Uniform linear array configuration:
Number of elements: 8
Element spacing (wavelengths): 0.75
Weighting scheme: binomial
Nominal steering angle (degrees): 0
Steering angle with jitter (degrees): -1.446
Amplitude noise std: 0.05
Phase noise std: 0.05

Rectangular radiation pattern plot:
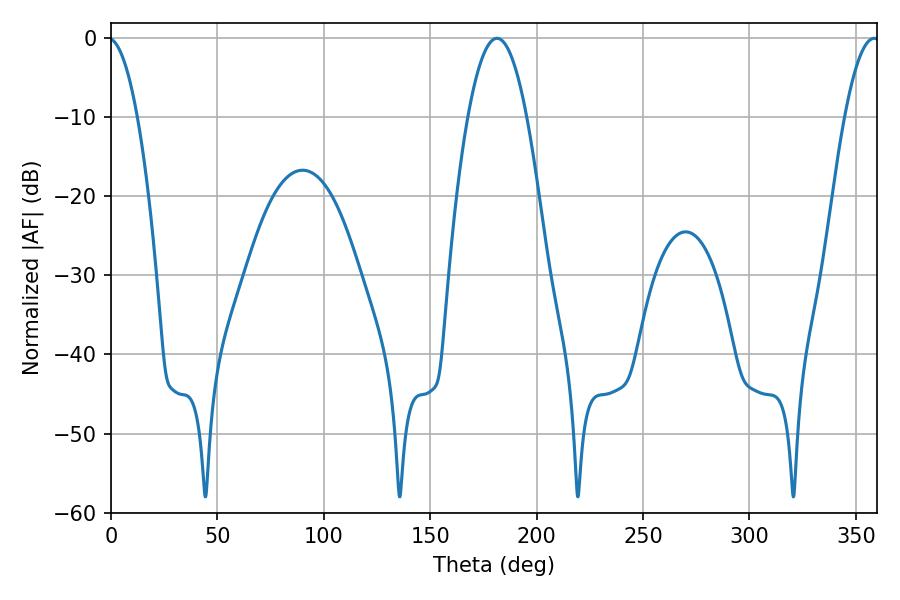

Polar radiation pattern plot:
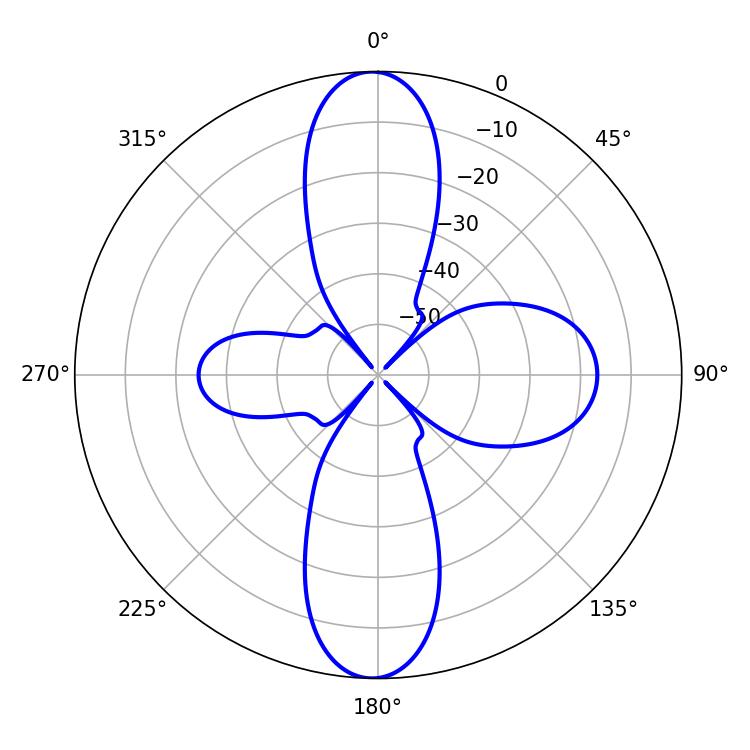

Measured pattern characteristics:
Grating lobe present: TRUE
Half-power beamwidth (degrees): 15.12
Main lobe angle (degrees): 181.44